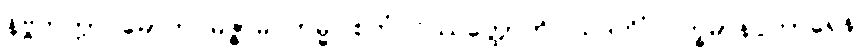
နိဗ္ဗိတက္ကာ မောတိ မဇ္ဇာမိ ကမ္မဝါစကံ ဝိဿတ္ထောတိ ဩဒဟိံ ဝက္ခမာနပ္ပကာရေန